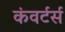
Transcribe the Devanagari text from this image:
कंवर्टर्स